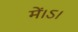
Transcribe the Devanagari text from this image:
में।ऽ।